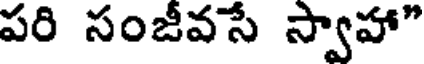
పరి సంజీవసే స్వాహా"